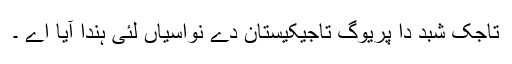
تاجک شبد دا پریوگ تاجیکیستان دے نواسیاں لئی ہندا آیا اے ۔